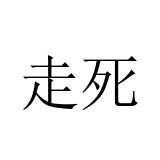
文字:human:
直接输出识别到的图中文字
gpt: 走死